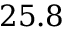
2 5 . 8